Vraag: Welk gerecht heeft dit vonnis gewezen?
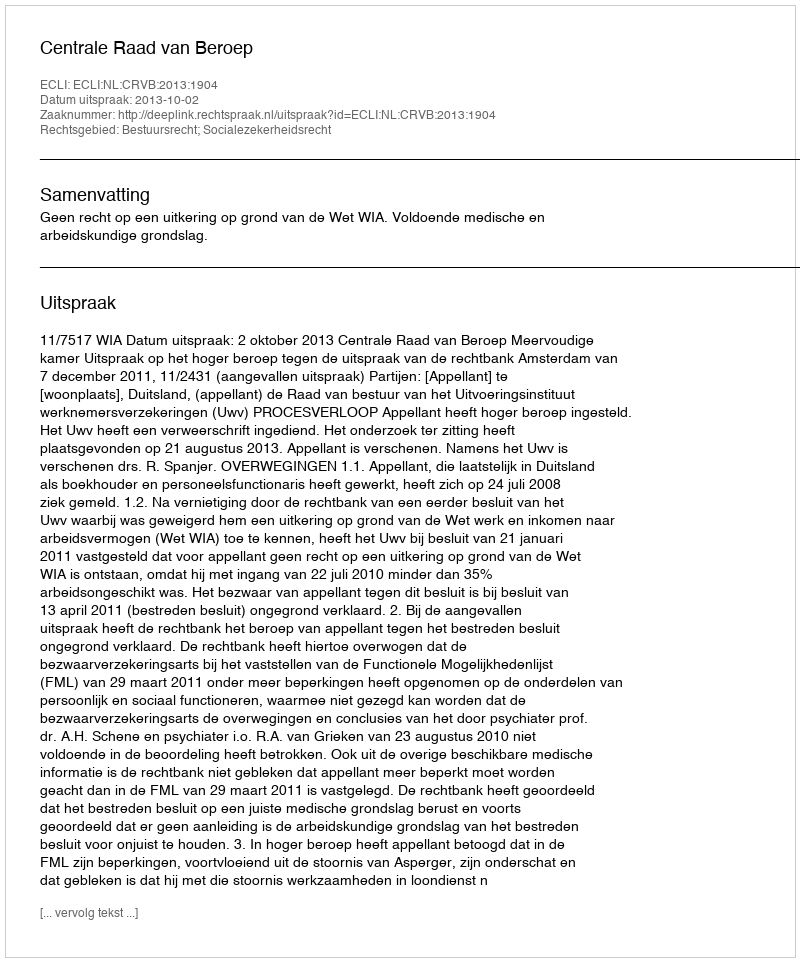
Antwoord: Centrale Raad van Beroep